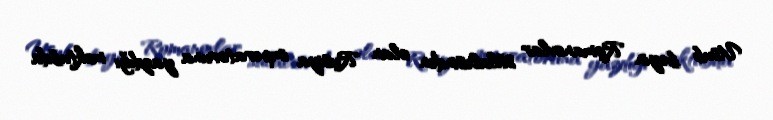
Usub bəyin Romanovlar sülaləsindən olan Rusiya imperatoruna yazdığı məktubda